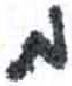
אות: מ